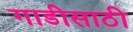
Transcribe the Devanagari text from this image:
गाडीसाठी